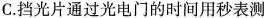
C.挡光片通过光电门的时间用秒表测